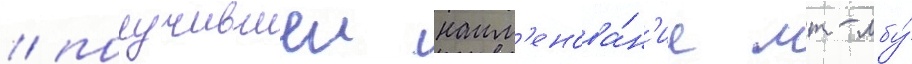
/ получившеи наим'енова́н'ие мт-лбу́